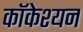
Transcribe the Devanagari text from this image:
कॉकेश्यन